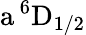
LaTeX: \mathrm{a\, ^{6}D_{1/2}}